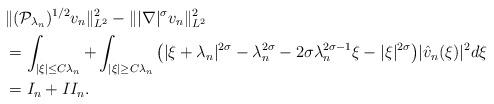
LaTeX: \begin{align*}&\|(\mathcal{P}_{\lambda_n})^{1/2}v_n\|_{L^2}^2-\||\nabla|^\sigma v_n\|_{L^2}^2\\&=\int_{|\xi|\leq C\lambda_n}+ \int_{|\xi|\geq C\lambda_n} \big(|\xi+\lambda_n|^{2\sigma}-\lambda_n^{2\sigma}-2\sigma\lambda_n^{2\sigma-1}\xi-|\xi|^{2\sigma}\big)|\hat{v}_n(\xi)|^2d\xi\\&=I_n+II_n.\end{align*}